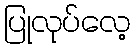
ပြုလုပ်လေ့